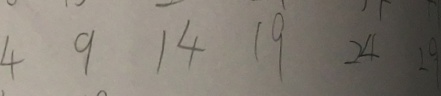
4 9 1 4 1 9 2 4 2 9